Report of the King Institute of Preventive Medicine, Guindy
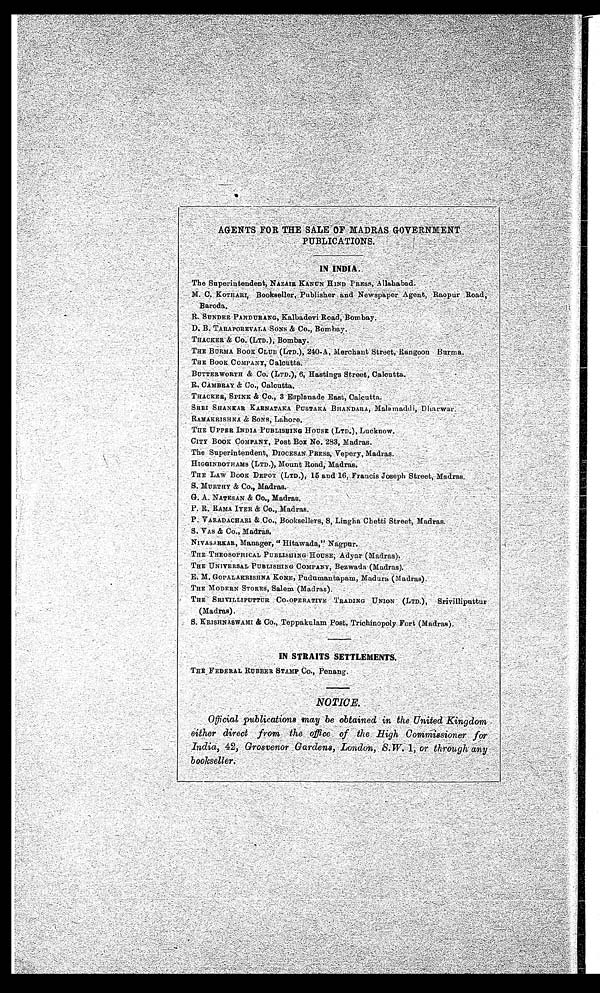
AGENTS FOR THE SALE OF MADRAS GOVERNMENT
P U B L I C A T I O N S .
IN INDIA .
The Superintendent, NAZAIR KANUN HIND PRESS, Allahabad.
M. C. KOTHARI, Bookseller, Publisher
, and Newspaper Agent, Raopur Road,
Baroda.
R. SUNDER PANDURANG, Kalbadevi Road, Bombay.
D. B. TARAPOREVALA SONS & Co., Bombay.
THACKER & Co.(LTD.), Bombay.
THE BURMA BOOK CLUB (LTD.), 240-A, Merchant Street, Rangoon Burma.
THE BOOK COMPANY, Calcutta.
BUTTERWORTH & Co. (LTD.), 6, Hastings Street, Calcutta.
R. CAMBRAY &. Co., Calcutta.
THACKER, SPINK & Co., 3 Esplanade East, Calcutta.
SHRI SHANKAR KARNATAKA PUSTAKA BHANDARA, Malamaddi, Dharwar.
RAMAKRISHNA & SONS, Lahore.
THE UPPER INDIA PUBLISHING HOUSE (LTD.), Lucknow.
CITY BOOK COMPANY, Post Box No. 283, Madras.
The Superintendent, DIOCESAN PRESS, Vepery, Madras.
HIGGINBOTHAMS (LTD.), Mount Road, Madras.
THE LAW BOOK DEPOT (LTD.), 15 and 16, Francis Joseph Street, Madras.
S. MURTHY & Co., Madras.
G. A. NATESAN & Co., Madras.
P. R. RAMA IYER & Co., Madras.
P. VARADACHARI & Co., Booksellers, 8, Lingha Chetti Street, Madras.
S. VAS & Co., Madras.
NIVASARKAR, Manager, "Hitawada," Nagpur.
THE THEOSOPHICAL PUBLISHING HOUSE, Adyar (Madras).
THE UNIVERSAL PUBLISHING COMPANY, Bezwada (Madras)
.
E. M. GOPALAKRISHNA KONE, Pudumantapam, Madura (Madras).
THE MODERN STORES, Salem (Madras).
THE SRIVILLIPUTTUR CO-OPERATIVE TRADING UNION (LTD.), Srivilliputtur
(Madras).
S. KRISHNASWAMI & Co., Teppakulam Post,Trichinopoly Fort (Madras).
IN STRAITS SETTLEMENTS.
THE FEDERAL RUBBER STAMP Co., Penang.
NOTICE.
Official publications may be obtained in the United Kingdom
either direct from the office of the High Commissioner for
Indi a, 42, Grosvenor Gar dens, London, S. W. 1, or t hr ough any
bookseller.